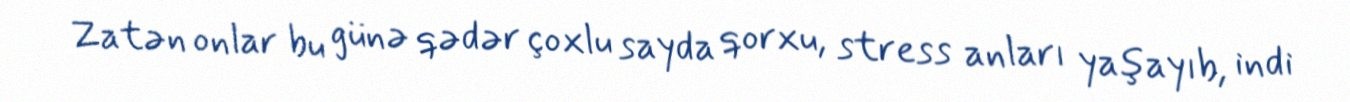
Zatən onlar bu günə qədər çoxlu sayda qorxu, stress anları yaşayıb, indi